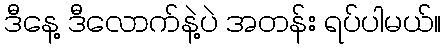
ဒီနေ့ ဒီလောက်နဲ့ပဲ အတန်း ရပ်ပါမယ်။